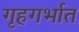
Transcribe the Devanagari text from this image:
गृहगर्भात